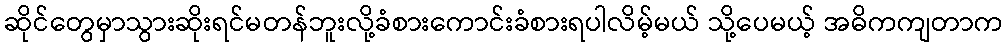
ဆိုင်တွေမှာသွားဆိုးရင်မတန်ဘူးလို့ခံစားကောင်းခံစားရပါလိမ့်မယ် သို့ပေမယ့် အဓိကကျတာက